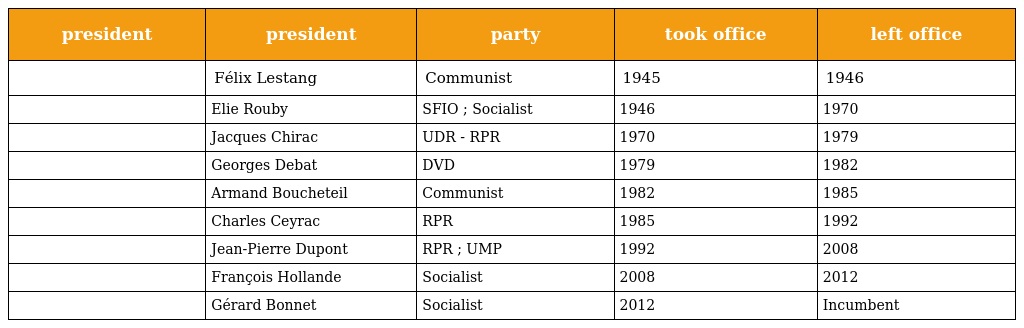
| president | president | party | took office | left office |
 | --- | --- | --- | --- | --- |
 |  | Félix Lestang | Communist | 1945 | 1946 |
 |  | Elie Rouby | SFIO ; Socialist | 1946 | 1970 |
 |  | Jacques Chirac | UDR - RPR | 1970 | 1979 |
 |  | Georges Debat | DVD | 1979 | 1982 |
 |  | Armand Boucheteil | Communist | 1982 | 1985 |
 |  | Charles Ceyrac | RPR | 1985 | 1992 |
 |  | Jean-Pierre Dupont | RPR ; UMP | 1992 | 2008 |
 |  | François Hollande | Socialist | 2008 | 2012 |
 |  | Gérard Bonnet | Socialist | 2012 | Incumbent |